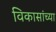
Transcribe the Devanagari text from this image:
विकासांच्या